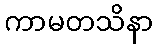
ကာမတသိနာ